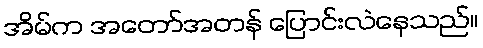
အိမ်က အတော်အတန် ပြောင်းလဲနေသည်။